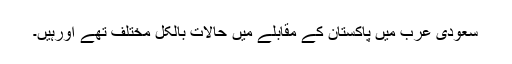
سعودی عرب میں پاکستان کے مقابلے میں حالات بالکل مختلف تھے اورہیں۔